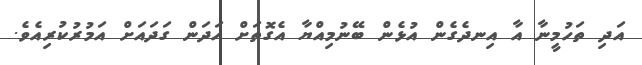
އަދި ތަހުމީނާ އާ އިނދެގެން އުޅެން ބޭނުމިއްޔާ އެގޮތަށް ހަދަން ގަދައަށް އަމުރުކުރިއެވެ.